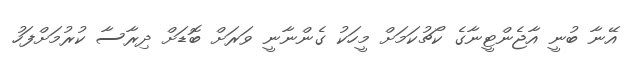
އޭނާ ބުނީ އާޖެންޓީނާގެ ކޯޗުކަމަށް މީހަކު ގެންނާނީ ވަރަށް ބޮޑަށް ދިރާސާ ކުރުމަށްފަހު